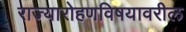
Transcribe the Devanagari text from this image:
राज्यारोहणविषयावरील